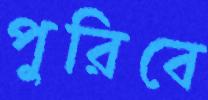
পুরিবে